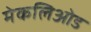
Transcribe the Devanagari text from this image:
मेकलिओड